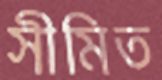
সীমিত